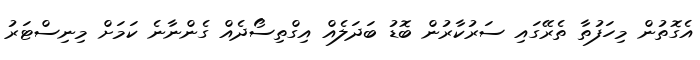
އެގޮތުން މިހަފުތާ ތެރޭގައި ސަރުކާރުން ބޮޑު ބަދަލެއް އިގްތިސޯދެއް ގެންނާނެ ކަމަށް މިނިސްޓަރު